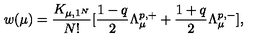
w ( \mu ) = \frac { K _ { \mu , 1 ^ { N } } } { N ! } [ \frac { 1 - q } { 2 } \Lambda _ { \mu } ^ { p , + } + \frac { 1 + q } { 2 } \Lambda _ { \mu } ^ { p , - } ] ,